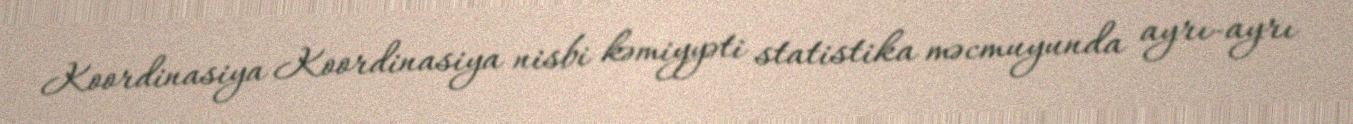
Koordinasiya Koordinasiya nisbi kəmiyyəti statistika məcmuyunda ayrı-ayrı